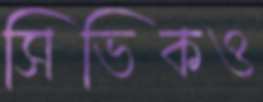
সিভিকও